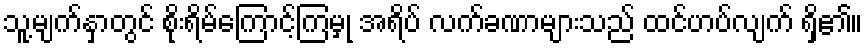
သူ့မျက်နှာတွင် စိုးရိမ်ကြောင့်ကြမှု အရိပ် လက်ခဏာများသည် ထင်ဟပ်လျက် ရှိ၏။